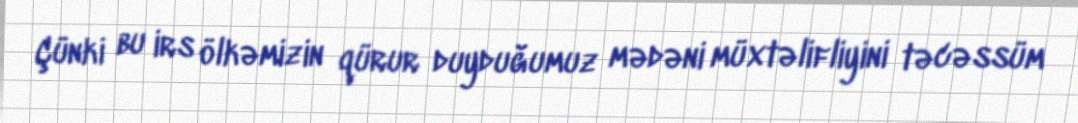
Çünki bu irs ölkəmizin qürur duyduğumuz mədəni müxtəlifliyini təcəssüm